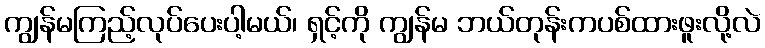
ကျွန်မကြည့်လုပ်ပေးပါ့မယ်၊ ရှင့်ကို ကျွန်မ ဘယ်တုန်းကပစ်ထားဖူးလို့လဲ